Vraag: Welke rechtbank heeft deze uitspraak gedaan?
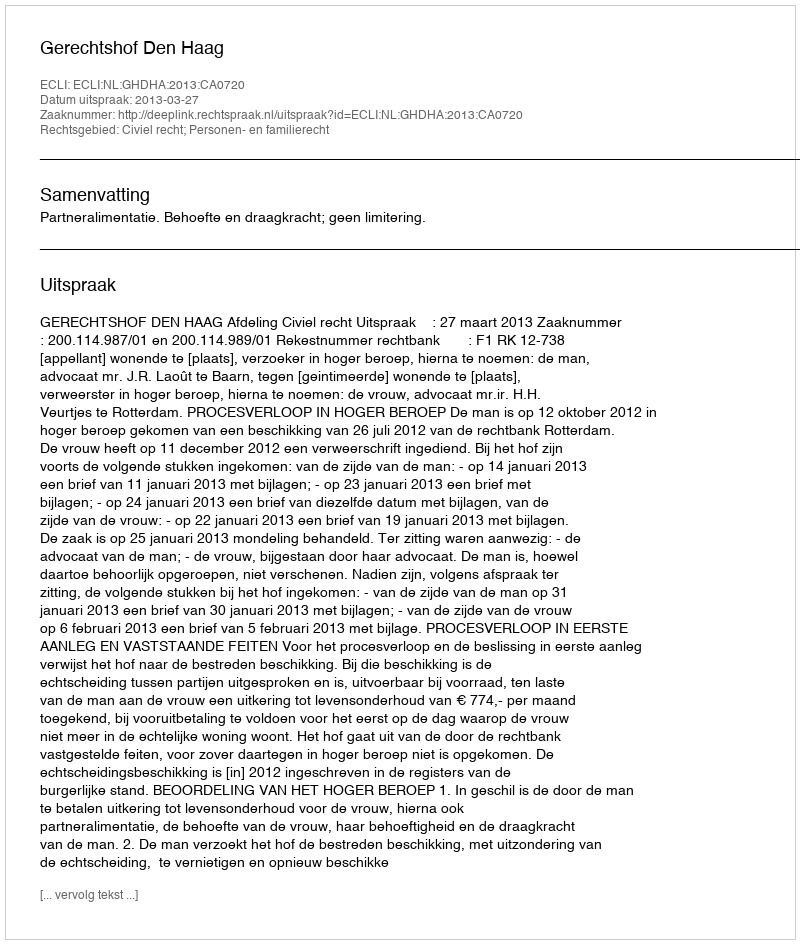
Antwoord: Gerechtshof Den Haag